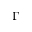
\Gamma